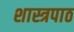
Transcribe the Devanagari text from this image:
शास्त्रपाठ